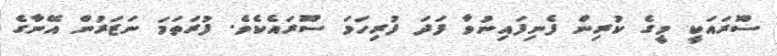
ސޫރައަކީ މީގެ ކުރިން ފެނިފައިނުވާ ފަދަ ފުރިހަމަ ސޫރައެކެވެ. ފުރަތަމަ ނަޒަރުން އޭނާގެ